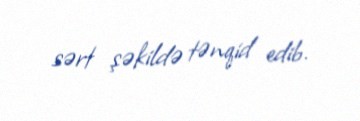
sərt şəkildə tənqid edib.